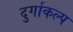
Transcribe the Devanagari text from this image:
दुर्गाकल्प